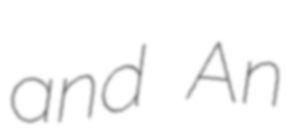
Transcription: and An